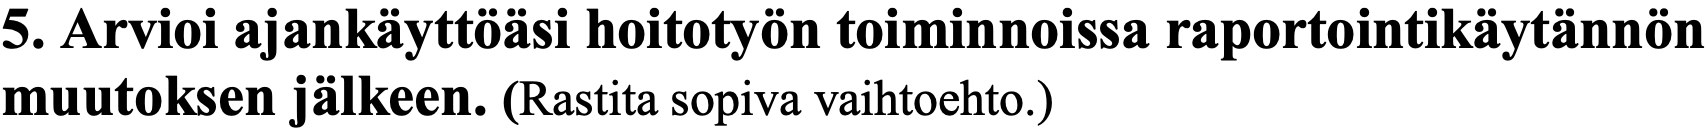
5. Arvioi ajankäyttöäsi hoitotyön toiminnoissa raportointikäytännön muutoksen jälkeen. (Rastita sopiva vaihtoehto.)